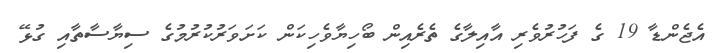
އެޖެންޑާ 19 ގެ ފަހުރުވެރި އާއިލާގެ ތެރެއިން ބޯހިޔާވެހިކަން ކަށަވަރުކުރުމުގެ ސިޔާސާތާއި ގުޅޭ